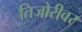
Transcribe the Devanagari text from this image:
तिजोरीवर